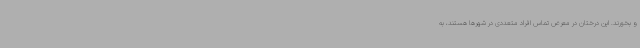
و بخورند. این درختان در معرض تماس افراد متعددی در شهرها هستند، به